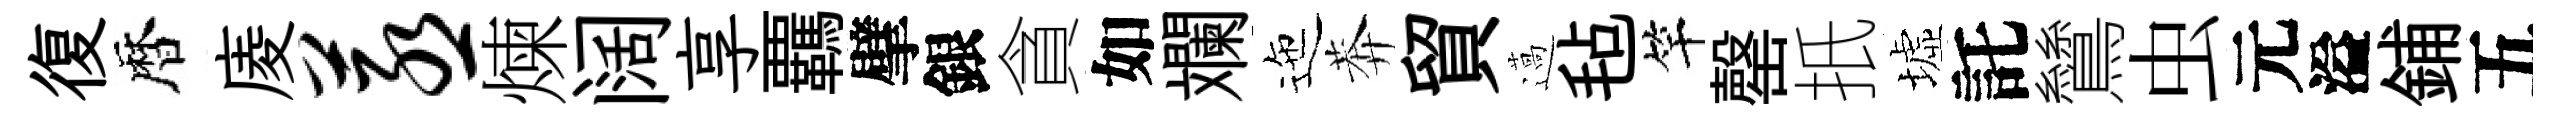
復暦庱蒸煉阔享覊擘銀貪如斕迤莾貿薖毡竿罄扺墟託鷥虫元溢鋪五